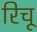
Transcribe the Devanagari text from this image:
रिचू